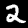
Label: 2